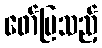
ဖော်ပြသည့်